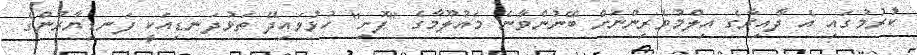
ކުރުމުގައި އެ ދާއިރާގެ އިލްމުވެރިންނަށް ބޭނުންވާނެ މައުލޫމާގެ "ފޮށި" ހުޅުވައިދޭ ތަޅުދަނޑިއަކީ ފަނޑިޔާރުންގެ